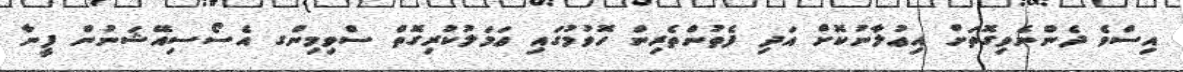
އިސްވެ ދެންނެވިގޮތަށް އިޢުލާނުކޮށް އަދި ފެތުންތެރިން ހޮވުމުގައި ޢަމަލުކުރިގޮތް ސްވިމިންގ އެސޯސިއޭޝަނުން ފީނާ